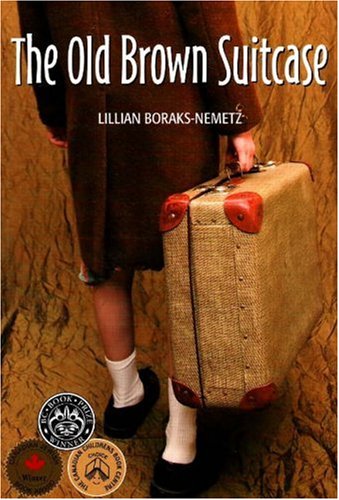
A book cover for The Old Brown Suitcase; Lillian Boraks-Nemetz; Teen & Young Adult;